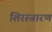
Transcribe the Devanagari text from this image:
शिरस्त्रारण